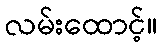
လမ်းထောင့်။